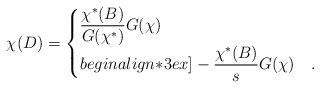
\begin{align*}\chi(D)=\begin{cases}\dfrac{\chi^*(B)}{G(\chi^*)}G(\chi) & \\begin{align*}3ex]-\dfrac{\chi^*(B)}{s}G(\chi) & .\end{cases}\end{align*}